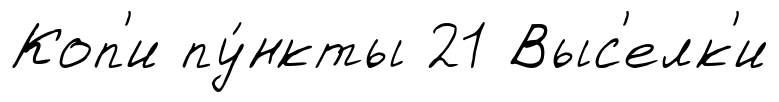
Коп'и пу́нкты 21 Выс'елк'и